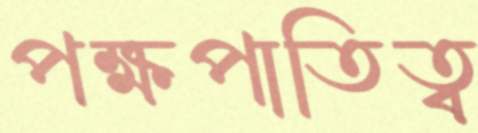
পক্ষপাতিত্ব